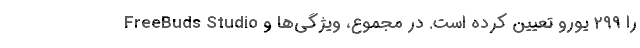
FreeBuds Studio را ۲۹۹ یورو تعیین کرده است. در مجموع، ویژگی‌ها و